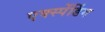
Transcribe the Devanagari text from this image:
एक्स्पेंडिंग